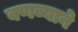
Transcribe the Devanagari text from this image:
वणव्याने